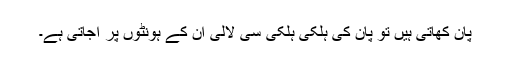
پان کھاتی ہیں تو پان کی ہلکی ہلکی سی لالی ان کے ہونٹوں پر آجاتی ہے۔